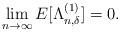
LaTeX: \begin{align*} \lim_{n\rightarrow \infty} E[\Lambda^{(1)}_{n,\delta}]=0. \end{align*}